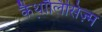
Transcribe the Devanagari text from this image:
कैथ़ॉलिसिज़्म